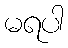
မရပါ